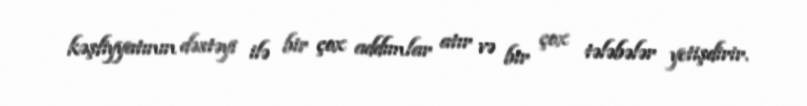
kəşfiyyatının dəstəyi ilə bir çox addımlar atır və bir çox tələbələr yetişdirir.